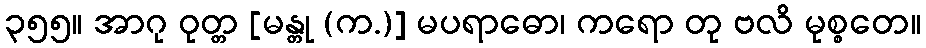
၃၅၅။ အာဂု ဝုတ္တ [မန္တု (က.)] မပရာဓော၊ ကရော တု ဗလိ မုစ္စတေ။